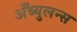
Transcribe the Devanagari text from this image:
अँब्युलन्स